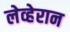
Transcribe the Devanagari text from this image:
लेव्हेरान